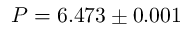
P = 6 . 4 7 3 \pm 0 . 0 0 1